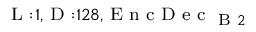
_ { \textrm { L } : 1 , \textrm { D } : 1 2 8 , \textrm { E n c D e c } _ { \textrm { B } 2 } }